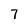
Character: 7